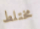
مختلط